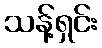
သန့်ရှင်း